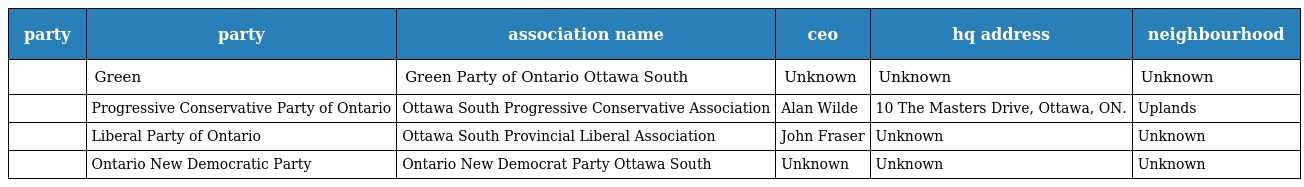
| party | party | association name | ceo | hq address | neighbourhood |
 | --- | --- | --- | --- | --- | --- |
 |  | Green | Green Party of Ontario Ottawa South | Unknown | Unknown | Unknown |
 |  | Progressive Conservative Party of Ontario | Ottawa South Progressive Conservative Association | Alan Wilde | 10 The Masters Drive, Ottawa, ON. | Uplands |
 |  | Liberal Party of Ontario | Ottawa South Provincial Liberal Association | John Fraser | Unknown | Unknown |
 |  | Ontario New Democratic Party | Ontario New Democrat Party Ottawa South | Unknown | Unknown | Unknown |